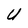
Character: U